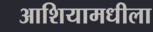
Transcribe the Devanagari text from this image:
आशियामधीला